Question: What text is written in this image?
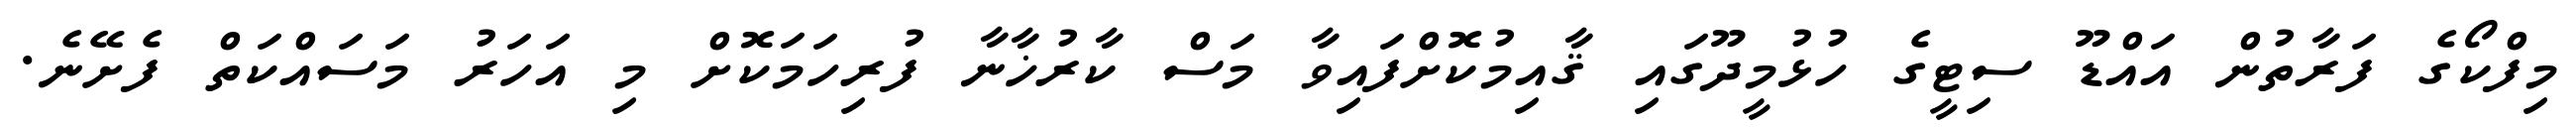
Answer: މިފްކޯގެ ފަރާތުން އައްޑޫ ސިޓީގެ ހުޅުމީދޫގައި ޤާއިމުކޮށްފައިވާ މަސް ކާރުޚާނާ ފުރިހަމަކޮށް މި އަހަރު މަސައްކަތް ފެށޭނެ.